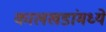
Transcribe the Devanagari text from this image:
कालखडांमध्ये